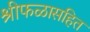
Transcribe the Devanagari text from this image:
श्रीफळासहित